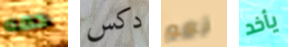
دمه دكس نعم يأخد